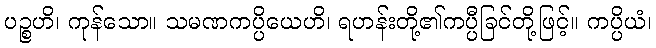
ပဉ္စဟိ၊ ကုန်သော။ သမဏကပ္ပိယေဟိ၊ ရဟန်းတို့၏ကပ္ပီခြင်တို့ဖြင့်။ ကပ္ပိယံ၊